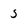
Character: 5